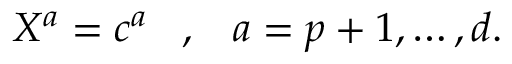
X ^ { a } = c ^ { a } \; \; \; , \; \; \; a = p + 1 , \ldots , d .